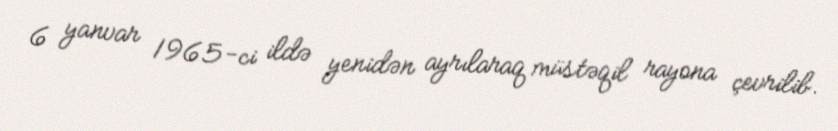
6 yanvar 1965-ci ildə yenidən ayrılaraq müstəqil rayona çevrilib.